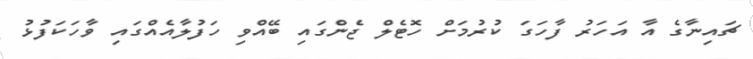
ޗައިނާގެ އާ އަހަރު ފާހަގަ ކުރުމަށް ހޮޓެލް ޖެންގައި ބޭއްވި ހަފުލާއެއްގައި ވާހަކަފުޅު